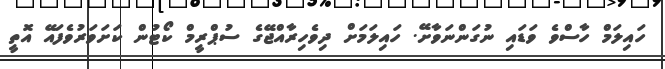
ހައިލަމް ހާސްވެ ވަޑައި ނުގަންނަވާށޭ. ހައިލަމަށް ދިވެހިރާއްޖޭގެ ސުޕްރީމް ކޯޓުން ކަށަވަރުވެފައޭ އޮތީ